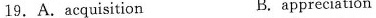
19.A.acquisition B.appreciation